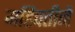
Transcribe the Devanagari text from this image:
महिपतीनें